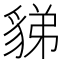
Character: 𧳋